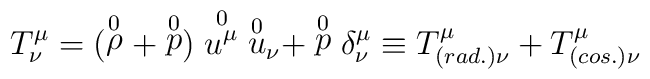
T^\mu_\nu = (\stackrel{0}{\rho} + \stackrel{0}{p})\stackrel{0}{{u}^\mu}{\stackrel{0}{u}}_\nu + \stackrel{0}{p}\delta^\mu_\nu\equiv T^\mu_{(rad.)\nu}+T^\mu_{(cos.)\nu}